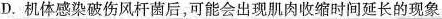
D.机体感染破伤风杆菌后，可能会出现肌肉收缩时间延长的现象